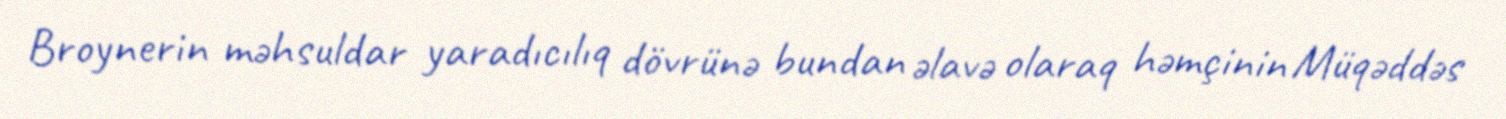
Broynerin məhsuldar yaradıcılıq dövrünə bundan əlavə olaraq həmçinin Müqəddəs